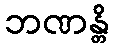
ဘဏန္တိ